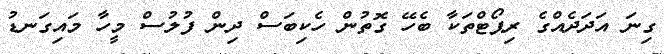
ގިނަ އަދަދެއްގެ ރިޕޯޓްތަކާ ބެހޭ ގޮތުން ހެކިބަސް ދިން ފުލުސް މީހާ މައިގަނޑު